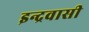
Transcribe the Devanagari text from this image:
इन्द्रवासी